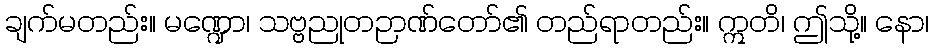
ချက်မတည်း။ မဏ္ဍော၊ သဗ္ဗညုတဉာဏ်တော်၏ တည်ရာတည်း။ ဣတိ၊ ဤသို့။ နော၊